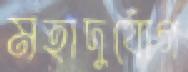
মহাদুর্যোগ